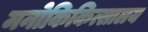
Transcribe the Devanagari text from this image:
मनोकिकित्सालय